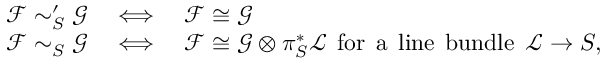
\begin{array} { c c l } { \mathcal F \sim _ { S } ^ { \prime } \mathcal G } & { \iff } & { \mathcal F \cong \mathcal G } \\ { \mathcal F \sim _ { S } \mathcal G } & { \iff } & { \mathcal F \cong \mathcal G \otimes \pi _ { S } ^ { * } \mathcal L \mathrm { \: \: f o r \: \: a \: \: l i n e \: \: b u n d l e \: \: } \mathcal L \rightarrow S , } \end{array}